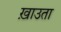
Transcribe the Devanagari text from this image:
ख़ाउता